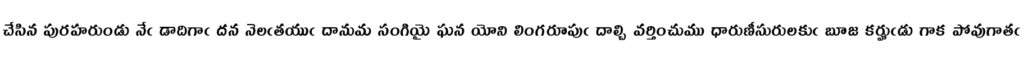
చేసిన పురహరుండు నేఁ డాదిగాఁ దన నెలఁతయుఁ దానుమ సంగియై ఘన యోని లింగరూపుఁ దాల్చి వర్తించుము ధారుణీసురులకుఁ బూజ కర్హుఁడు గాక పోవుగాతఁ